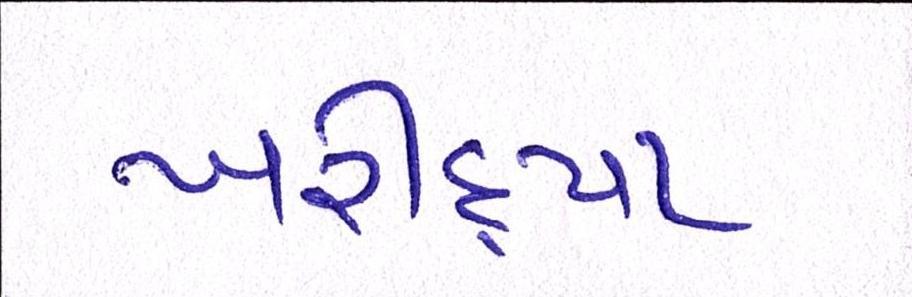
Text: ખરીદ્યા